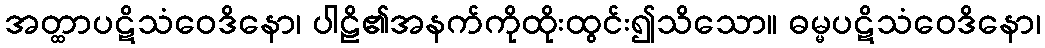
အတ္ထာပဋိသံဝေဒိနော၊ ပါဠိ၏အနက်ကိုထိုးထွင်း၍သိသော။ ဓမ္မပဋိသံဝေဒိနော၊